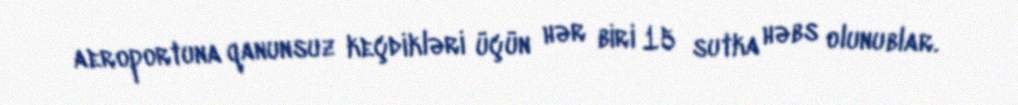
aeroportuna qanunsuz keçdikləri üçün hər biri 15 sutka həbs olunublar.